Annual administration report of the Civil Veterinary Department of India - 1907-1908
Year: 1907
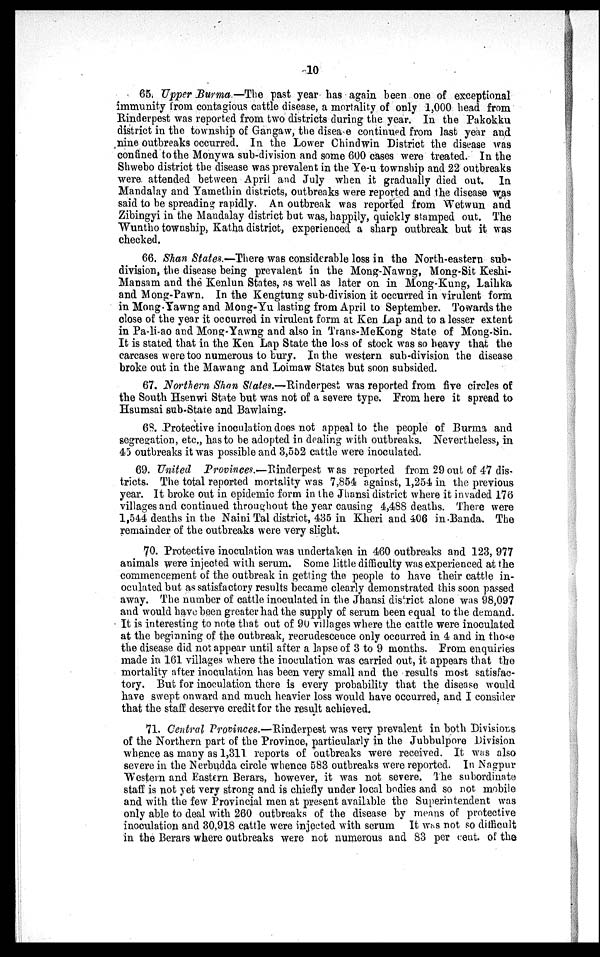
10
65. Upper Burma.—The past year has again been one of exceptional
immunity from contagious cattle disease, a mortality of only 1,000 head from
Rinderpest was reported from two districts during the year. In the Pakokku
district in the township of Gangaw, the disease continued from last year and
nine outbreaks occurred. In the Lower Chindwin District the disease was
confined to the Monywa sub-division and some 600 cases were treated. In the
Shwebo district the disease was prevalent in the Ye-u township and 22 outbreaks
were attended between April and July when it gradually died out. In
Mandalay and Yamethin districts, outbreaks were reported and the disease was
said to be spreading rapidly. An outbreak was reported from Wetwun and
Zibingyi in the Mandalay district but was, happily, quickly stamped out. The
Wuntho township, Katha district, experienced a sharp outbreak but it was
checked.
66. Shan States.—There was considerable loss in the North-eastern sub-
division, the disease being prevalent in the Mong-Nawng, Mong-Sit Keshi-
Mansam and the Kenlun States, as well as later on in Mong-Kung, Laihka
and Mong-Pawn. In the Kengtung sub-division it occurred in virulent form
in Mong-Yawng and Mong-Yu lasting from April to September. Towards the
close of the year it occurred in virulent form at Ken Lap and to a lesser extent
in Pa-li-ao and Mong Yawng and also in Trans-MeKong State of Mong-Sin.
It is stated that in the Ken Lap State the loss of stock was so heavy that the
carcases were too numerous to bury. In the western sub-division the disease
broke out in the Mawang and Loimaw States but soon subsided.
67. Northern Shan States.—Rinderpest was reported from five circles of
the South Hsenwi State but was not of a severe type. From here it spread to
Hsumsai sub-State and Bawlaing.
68. Protective inoculation does not appeal to the people of Burma and
segregation, etc., has to be adopted in dealing with outbreaks. Nevertheless, in
45 outbreaks it was possible and 3,552 cattle were inoculated.
69. United Provinces.—Rinderpest was reported from 29 out of 47 dis-
tricts. The total reported mortality was 7,854 against, 1,254 in the previous
year. It broke out in epidemic form in the Jhansi district where it invaded 176
villages and continued throughout the year causing 4,488 deaths. There were
1,544 deaths in the Naini Tal district, 435 in Kheri and 406 in Banda. The
remainder of the outbreaks were very slight.
70. Protective inoculation was undertaken in 460 outbreaks and 123, 977
animals were injected with serum. Some little difficulty was experienced at the
commencement of the outbreak in getting the people to have their cattle in-
oculated but as satisfactory results became clearly demonstrated this soon passed
away. The number of cattle inoculated in the Jhansi district alone was 98,097
and would have been greater had the supply of serum been equal to the demand.
It is interesting to note that out of 90 villages where the cattle were inoculated
at the beginning of the outbreak, recrudescence only occurred in 4 and in those
the disease did not appear until after a lapse of 3 to 9 months. From enquiries
made in 161 villages where the inoculation was carried out, it appears that the
mortality after inoculation has been very small and the results most satisfac-
tory. But for inoculation there is every probability that the disease would
have swept onward and much heavier loss would have occurred, and I consider
that the staff deserve credit for the result achieved.
71. Central Provinces.—Rinderpest was very prevalent in both Divisions
of the Northern part of the Province, particularly in the Jubbulpore Division
whence as many as 1,311 reports of outbreaks were received. It was also
severe in the Nerbudda circle whence 583 outbreaks were reported. In Nagpur
Western and Eastern Berars, however, it was not severe. The subordinate
staff is not yet very strong and is chiefly under local bodies and so not mobile
and with the few Provincial men at present available the Superintendent was
only able to deal with 260 outbreaks of the disease by means of protective
inoculation and 30,918 cattle were injected with serum It was not so difficult
in the Berars where outbreaks were not numerous and 83 per cent. of the